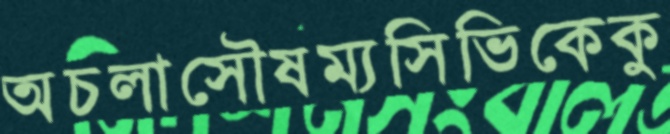
অচলাসৌষম্যসিভিকেকু